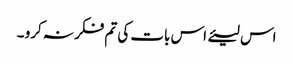
اس لیئے اس بات کی تم فکر نہ کرو ۔